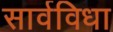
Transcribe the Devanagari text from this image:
सार्वविधा